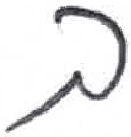
אות: ך